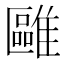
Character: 𩀫